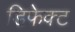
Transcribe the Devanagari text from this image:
डिफेक्‍ट